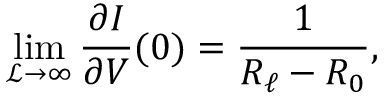
\operatorname* { l i m } _ { \mathscr { L } \to \infty } \frac { \partial I } { \partial V } ( 0 ) = \frac { 1 } { R _ { \ell } - R _ { 0 } } ,